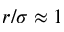
r / \sigma \approx 1